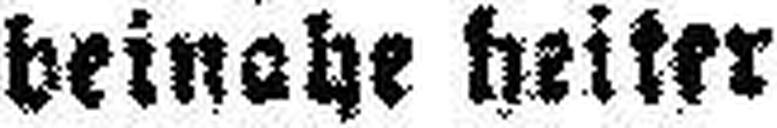
beinahe heiter